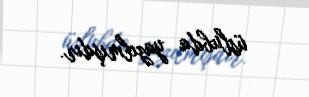
üslubda yazılmışdır.